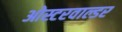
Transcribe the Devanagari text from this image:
ओस्टरवाल्डर